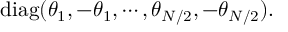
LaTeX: \mathrm { d i a g } ( \theta _ { 1 } , - \theta _ { 1 } , \cdots , \theta _ { N / 2 } , - \theta _ { N / 2 } ) .